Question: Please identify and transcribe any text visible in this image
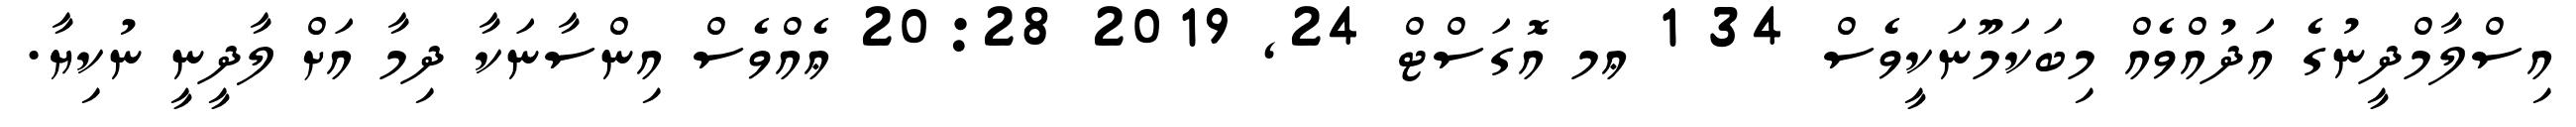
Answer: އިސްލާމްދީނުގެ އަދުއްވެއް މިބަކަމޫނަކީވެސް 34 1 ޢމ އޮގަސްޓް 24, 2019 20:28 ޢެއްވެސް އިންސާނަކާ ދިމާ އަށް ލާދީނީ ނުކިޔާ.